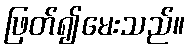
ဖြတ်၍မေးသည်။